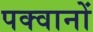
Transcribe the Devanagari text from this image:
पक्वानों